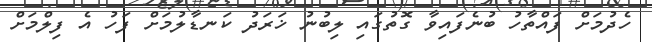
ހެދުމަށް ފައްތާހު ބުނެފައިވާ ގޮތުގައި ލިބުނު ޚަރަދު ކަނޑާލުމަށް ފަހު އެ ފިލްމަށް